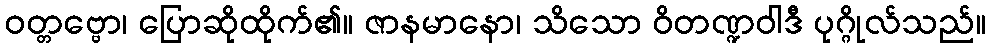
ဝတ္တဗ္ဗော၊ ပြောဆိုထိုက်၏။ ဇာနမာနော၊ သိသော ဝိတဏ္ဍဝါဒီ ပုဂ္ဂိုလ်သည်။